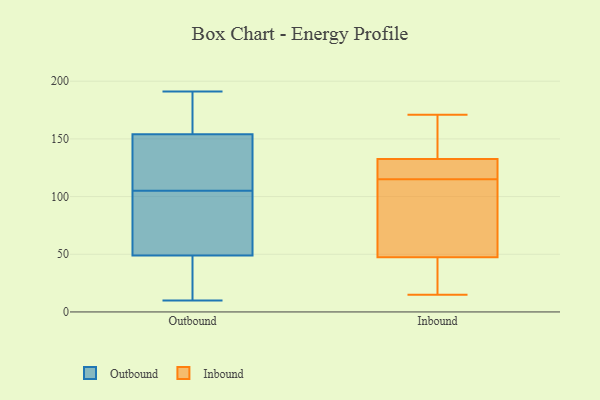
{"axis": {"x": "Budget (USD K)", "y": "Value"}, "legend": ["Inbound", "Outbound"], "data": [{"x": "", "y": 71, "type": "Outbound"}, {"x": "", "y": 175, "type": "Outbound"}, {"x": "", "y": 191, "type": "Outbound"}, {"x": "", "y": 121, "type": "Outbound"}, {"x": "", "y": 10, "type": "Outbound"}, {"x": "", "y": 191, "type": "Outbound"}, {"x": "", "y": 141, "type": "Outbound"}, {"x": "", "y": 46, "type": "Outbound"}, {"x": "", "y": 44, "type": "Outbound"}, {"x": "", "y": 50, "type": "Outbound"}, {"x": "", "y": 102, "type": "Outbound"}, {"x": "", "y": 105, "type": "Outbound"}, {"x": "", "y": 147, "type": "Outbound"}, {"x": "", "y": 121, "type": "Inbound"}, {"x": "", "y": 150, "type": "Inbound"}, {"x": "", "y": 83, "type": "Inbound"}, {"x": "", "y": 15, "type": "Inbound"}, {"x": "", "y": 48, "type": "Inbound"}, {"x": "", "y": 31, "type": "Inbound"}, {"x": "", "y": 130, "type": "Inbound"}, {"x": "", "y": 52, "type": "Inbound"}, {"x": "", "y": 171, "type": "Inbound"}, {"x": "", "y": 115, "type": "Inbound"}, {"x": "", "y": 140, "type": "Inbound"}, {"x": "", "y": 122, "type": "Inbound"}, {"x": "", "y": 46, "type": "Inbound"}]}